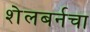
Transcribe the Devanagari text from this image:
शेलबर्नचा